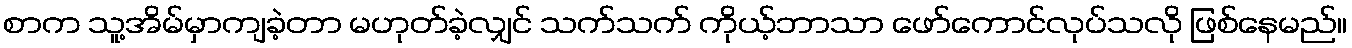
စာက သူ့အိမ်မှာကျခဲ့တာ မဟုတ်ခဲ့လျှင် သက်သက် ကိုယ့်ဘာသာ ဖော်ကောင်လုပ်သလို ဖြစ်နေမည်။